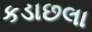
કડાછલા